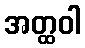
အတ္ထဝါ